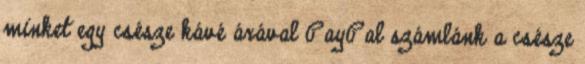
minket egy csésze kávé árával PayPal számlánk a csésze